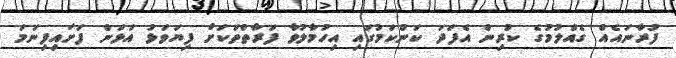
ފުރާނައެއް ގެއްލުމުގެ ކުރިން އެފަދަ ކަންކަމުގައި އިހުމާލުވާ ފަރާތްތަކަށް ފިޔަވަޅު އަޅަން ފަށައިފިނަމަ